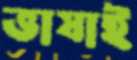
ভাষাই